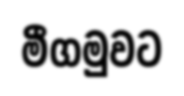
මීගමුවට